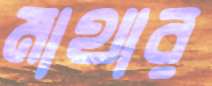
মাথার